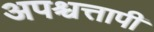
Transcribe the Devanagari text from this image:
अपश्चत्तापी